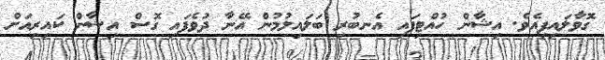
ގޮވާލައިފިއެވެ. އިޝާން ހުއްޓިފައި އެނބުރި ބަލައިލުމުން އޭނާ ދުވެފައި ގޮސް އިޝާން ކައިރިއަށް